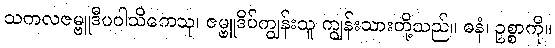
သကလဇမ္ဗူဒီပဝါသိကေသု၊ ဇမ္ဗူဒိပ်ကျွန်းသူ ကျွန်းသားတို့သည်။ ဓနံ၊ ဥစ္စာကို။